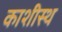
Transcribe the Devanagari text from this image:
काशीस्थ